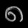
Digit: ၈